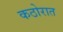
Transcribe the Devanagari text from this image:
कठोरात